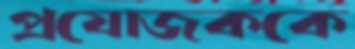
প্রযোজককে